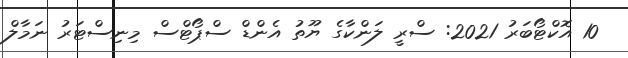
10 އޮކްޓޯބަރު 2021: ސްރީ ލަންކާގެ ޔޫތު އެންޑް ސްޕޯޓްސް މިނިސްޓަރު ނަމާލް